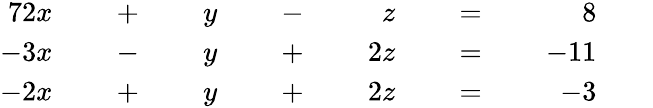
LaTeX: {\begin{array}{rlrlrlrlrlrlr}{{7}2x}&{{}}&{\; +\; }&{{}}&{y}&{{}}&{\; -\; }&{{}}&{z}&{{}}&{\; =\; }&{{}}&{8}\\ {-3x}&{{}}&{\; -\; }&{{}}&{y}&{{}}&{\; +\; }&{{}}&{2z}&{{}}&{\; =\; }&{{}}&{-11}\\ {-2x}&{{}}&{\; +\; }&{{}}&{y}&{{}}&{\; +\; }&{{}}&{2z}&{{}}&{\; =\; }&{{}}&{-3}\end{array}}\qquad